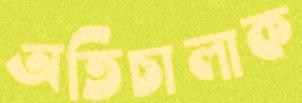
অতিচালাক